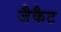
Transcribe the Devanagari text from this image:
जैकैट